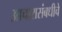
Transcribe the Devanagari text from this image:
आचारासंबधीचे